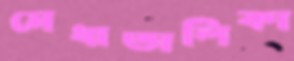
মেধাতালিকা